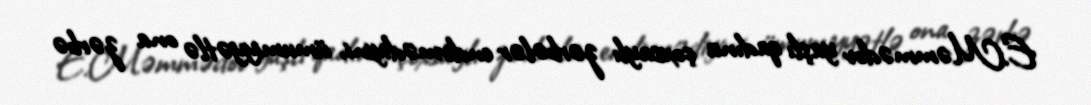
E.Məmmədov yaşlı qadına çoxsaylı zərbələr endirmədiyini, ümumiyyətlə ona zərbə